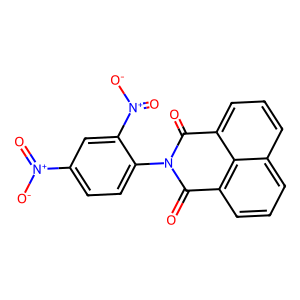
SMILES: O=C1c2cccc3cccc(c23)C(=O)N1c1ccc([N+](=O)[O-])cc1[N+](=O)[O-]
Inhibits HIV replication: No